Report on vaccination in the Province of Bengal - 1874-1889
Year: 1874
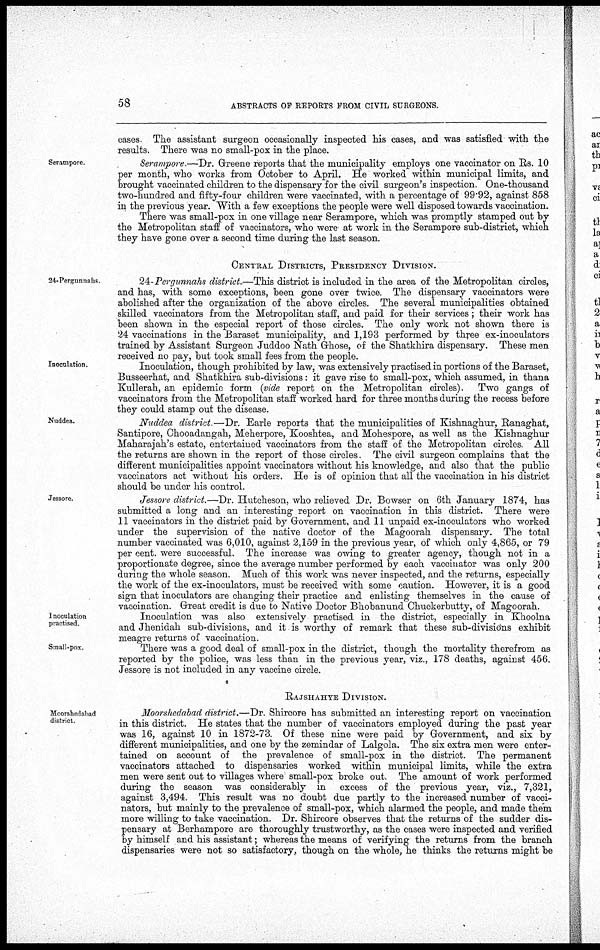
58
ABSTRACTS OF REPORTS FROM CIVIL SURGEONS.
cases The assistant surgeon occasionally inspected his cases, and was satisfied with the
results. There was no small-pox in the place.
Serampor.
Serampore.—-Dr. Greene reports that the municipality employs one vaccinator on Rs. 10
per month, who works from October to April. He worked within municipal limits, and
brought vaccinated children to the dispensary for the civil surgeon's inspection. One-thousand
two-hundred and fifty-four children were vaccinated, with a percentage of 99.92, against 858
in the previous year. With a few exceptions the people were well disposed towards vaccination.
There was small-pox in one village near Serampore, which was promptly stamped out by
the Metropolitan staff of vaccinators, who were at work in the Serampore sub-district, which
they have gone over a second time during the last season.
CENTRAL DISTRICTS, PRESIDENCY DIVISION.
24-Pergunnahs
24-Pergunnahs district.—This district is included in the area of the Metropolitan circles,
and has, with some exceptions, been gone over twice. The dispensary vaccinators were
abolished after the organization of the above circles. The several municipalities obtained
skilled vaccinators from the Metropolitan staff, and paid for their services; their work has
been shown in the especial report of those circles. The only work not shown there is
24 vaccinations in the Baraset municipality, and 1,193 performed by three ex-inoculators
trained by Assistant Surgeon Juddoo Nath Ghose, of the Shatkhira dispensary. These men
received no pay, but took small fees from the PeoPle.
Inoculation.
Inoculation, though prohibited by law, was extensively practised in portions of the Baraset,
Busseerhat, and Shatkhira sub-divisions: it gave rise to small-pox, which assumed, in thana
Kullerah, an epidemic form (vide report on the Metropolitan circles). Two gangs of
vaccinators from the Metropolitan staff worked hard for three months during the recess before
they could stamp out the disease.
Nuddea.
Nuddea district —Dr Earle reports that the municipalities of Kishnaghur, Ranaghat,
Santipore, Chooadangah, Meherpore, Kooshtea, and Mohespore, as well as the Kishnaghur
Maharajah's estate, entertained vaccinators from the staff of the Metropolitan circles. All
the returns are shown in the report of those circles. The civil surgeon complains that the
different municipalities appoint vaccinators without his knowledge, and also that the public
vaccinators act without his orders. He is of opinion that all the vaccination in his district
should be under his control.
Jessore.
Jessore district.—Dr. Hutcheson, who relieved Dr. Bowser on 6th January 1874, has
submitted a long and an interesting report on vaccination in this district. There were
11 vaccinators in the district paid by Government, and 11 unpaid ex-inoculators who worked
under the supervision of the native doctor of the Magoorah dispensary. The total
number vaccinated was 6,010, against 2,159 in the previous year, of which only 4,865, or 79
per cent. were successful. The increase was owing to greater agency, though not in a
proportionate degree, since the average number performed by each vaccinator was only 200
during the whole season. Much of this work was never inspected, and the returns, especially
the work of the ex-inoculators, must be received with some caution. However, it is a good
sign that inoculators are changing their practice and enlisting themselves in the cause of
vaccination. Great credit is due to Native Doctor Bhobanund Chuckerbutty, of Magoorah.
Inoculation
practised.
Inoculation was also extensively practised in the district, especially in Khoolna
and Jhenidah sub-divisions, and it is worthy of remark that these sub-divisions exhibit
meagre returns of vaccination.
Small-pox.
There was a good deal of small-pox in the district, though the mortality therefrom as
reported by the police, was less than in the previous year, viz., 178 deaths, against 456.
Jessore is not included in any vaccine circle.
RAJSHAHYE DIVISION.
Moorshedabad
district.
Moorshedabad district.—Dr. Shircore has submitted an interesting report on vaccination
in this district. He states that the number of vaccinators employed during the past year
was 16, against 10 in 1872-73. Of these nine were paid by Government, and six by
different municipalities, and one by the zemindar of Lalgola. The six extra men were enter-
tained on account of the prevalence of small-pox in the district. The permanent
vaccinators attached to dispensaries worked within municipal limits, while the extra
men were sent out to villages where small-pox broke out. The amount of work performed
during the season was considerably in excess of the previous year, viz., 7,321,
against 3,494. This result was no doubt due partly to the increased number of vacci-
nators, but mainly to the prevalence of small-pox, which alarmed the people, and made them
more willing to take vaccination. Dr. Shircore observes that the returns of the sudder dis-
pensary at Berhampore are thoroughly trustworthy, as the cases were inspected and verified
by himself and his assistant; whereas the means of verifying.the returns from the branch
dispensaries were not so satisfactory, though on the whole, he thinks the returns might be